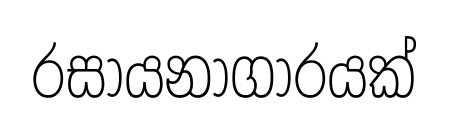
රසායනාගාරයක්